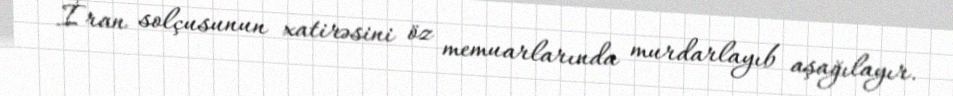
İran solçusunun xatirəsini öz memuarlarında murdarlayıb aşağılayır.